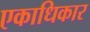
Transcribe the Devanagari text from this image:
एकाधिकार